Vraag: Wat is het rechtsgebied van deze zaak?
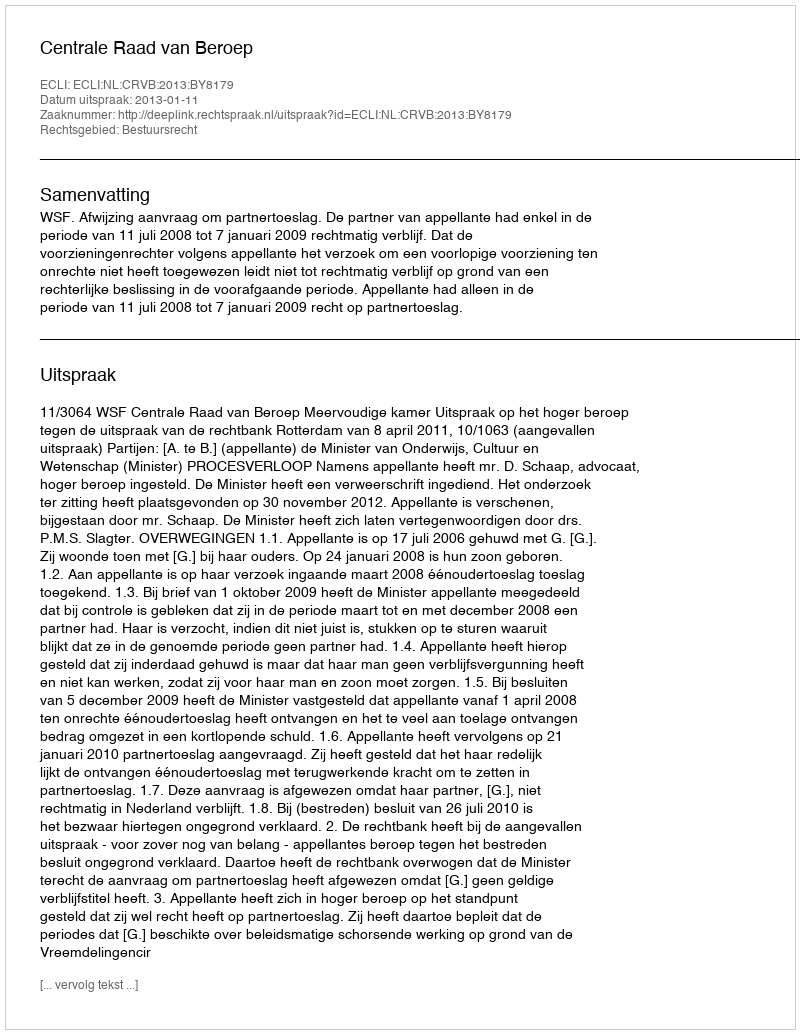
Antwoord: Bestuursrecht